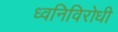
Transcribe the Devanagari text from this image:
ध्वनिविरोधी